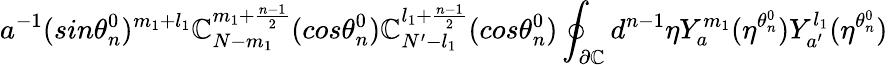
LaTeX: a^{-1}(sin{\theta_{n}^{0}})^{m_{1}+l_{1}}\mathbb{C}_{N-m_{1}}^{m_{1}+\frac{{n-1}}{{2}}}(cos{\theta_{n}^{0}})\mathbb{C}_{N^{\prime}-l_{1}}^{l_{1}+\frac{{n-1}}{{2}}}(cos{\theta_{n}^{0}})\oint_{\partial\mathbb{C}}d^{n-1}{\eta}Y_{a}^{m_{1}}(\eta^{\theta_{n}^{0}})Y_{a^{\prime}}^{l_{1}}(\eta^{\theta_{n}^{0}})